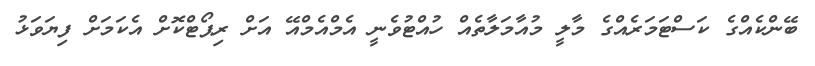
ބޭންކެއްގެ ކަސްޓަމަރެއްގެ މާލީ މުއާމަލާތެއް ހުއްޓުވެނީ އެމްއެމްއޭ އަށް ރިޕޯޓްކޮށް އެކަމަށް ފިޔަވަޅު